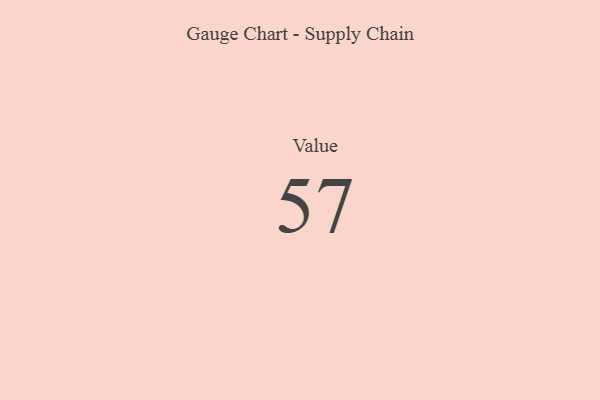
{"axis": {"x": "Metric", "y": "Value"}, "legend": [""], "data": [{"x": "Value", "y": 57, "type": ""}]}